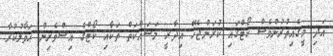
އަދި މީގެއިތުރުންވެސް ކޯޓްގައި ކުރަންޖެހޭ އިދާރީ މަސައްކަތް ތަކާއި ކޯޓްގެ އިސްވެރިން ޙަވާލުކުރާ